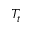
T _ { t }